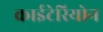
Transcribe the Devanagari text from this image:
क्राईटेरियोन